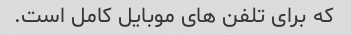
که برای تلفن های موبایل کامل است.